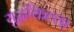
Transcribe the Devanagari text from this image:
युद्धकिल्ला